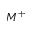
M ^ { + }